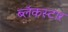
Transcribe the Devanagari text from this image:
ब्लॅकस्टार